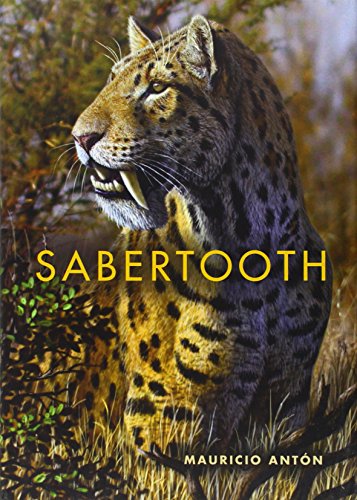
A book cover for Sabertooth (Life of the Past); Mauricio AntÃ³n; Science & Math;